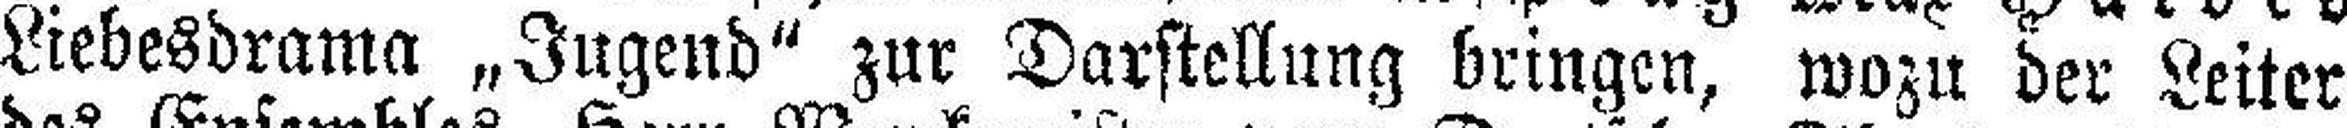
Liebesdrama „Jugend“ zur Darstellung bringen, wozu der Leiter